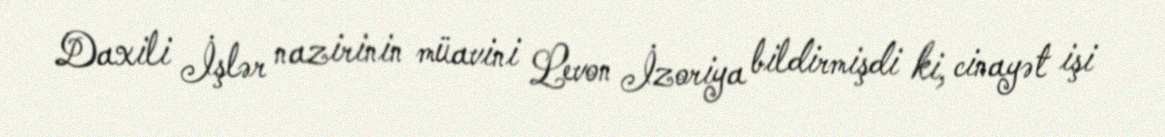
Daxili İşlər nazirinin müavini Levon İzoriya bildirmişdi ki, cinayət işi